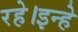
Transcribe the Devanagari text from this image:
रहे।इन्हे